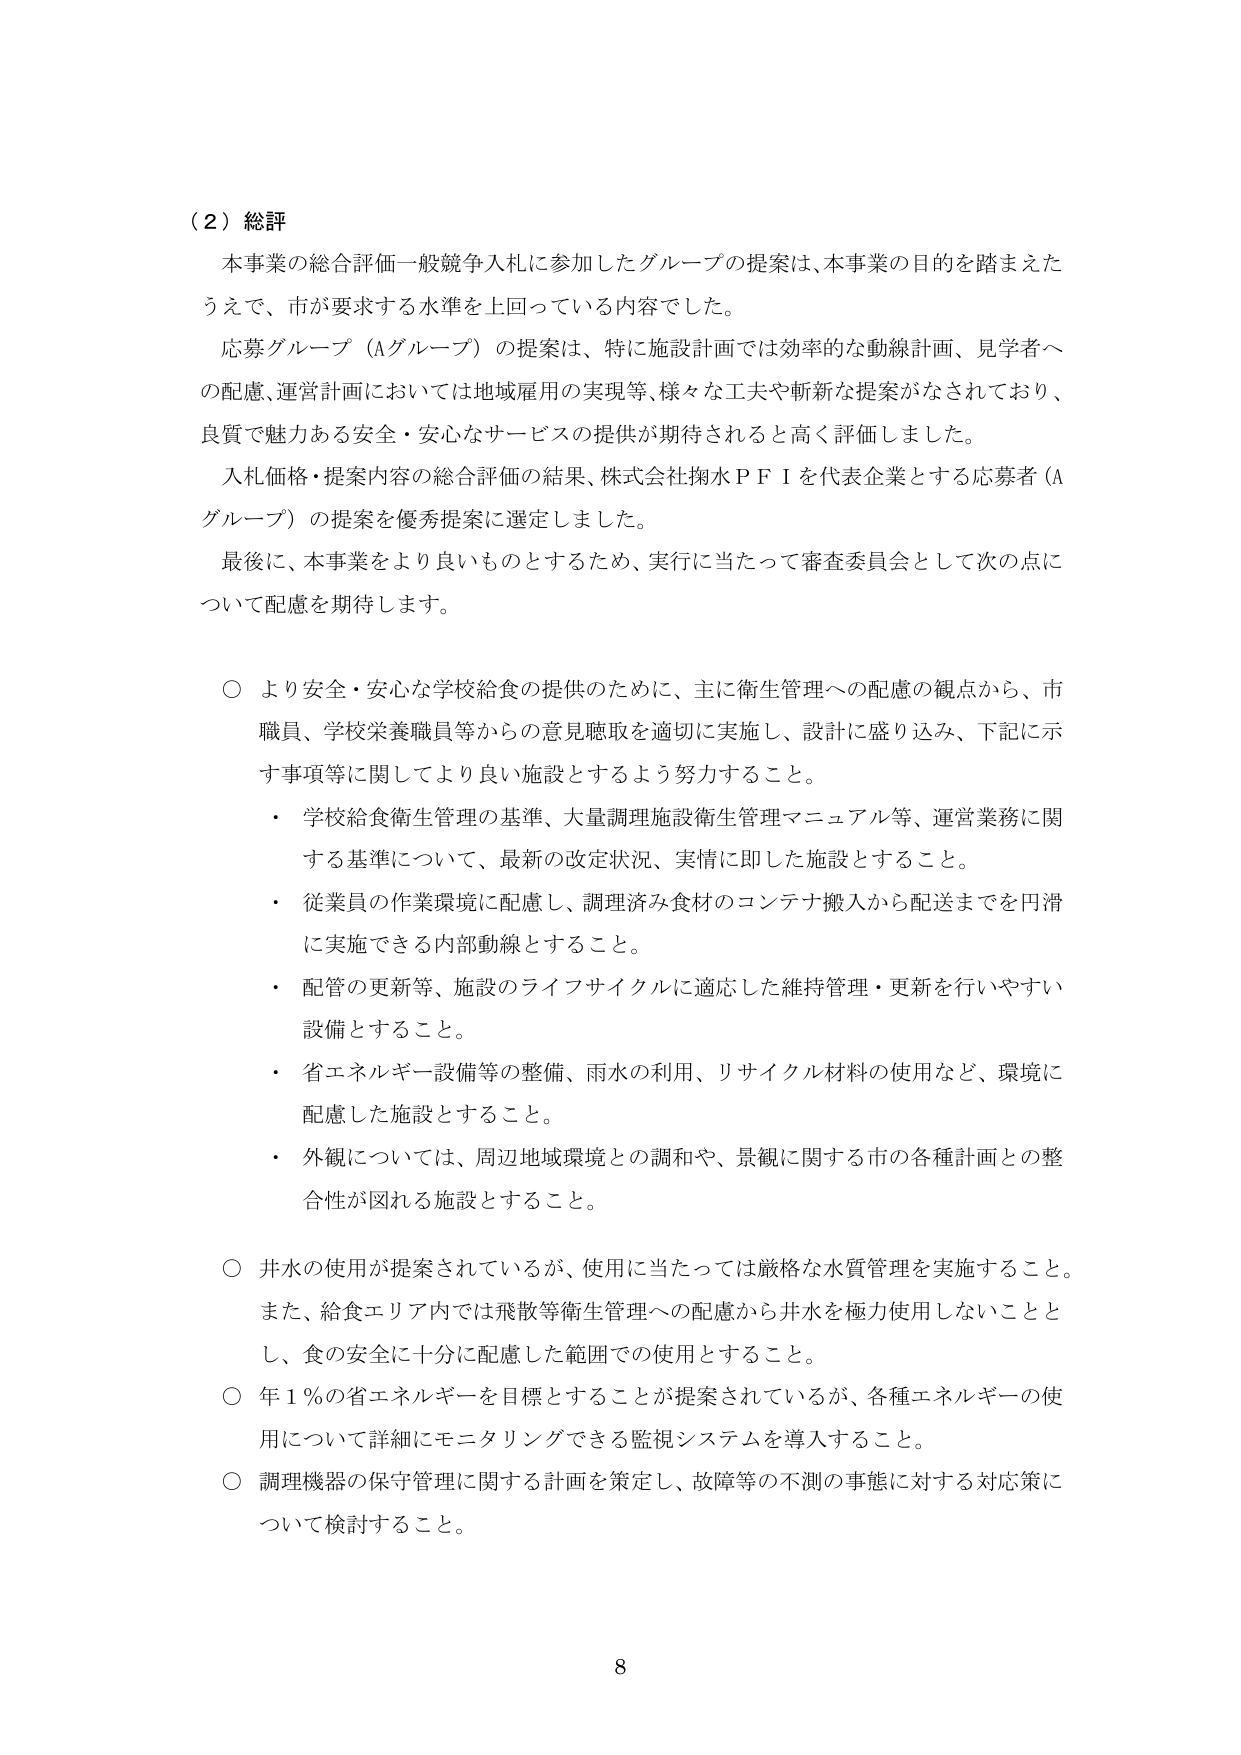
（２）総評
本事業の総合評価一般競争入札に参加したグループの提案は、本事業の目的を踏まえたうえで、市が要求する水準を上回っている内容でした。
応募グループ（Aグループ）の提案は、特に施設計画では効率的な動線計画、見学者への配慮、運営計画においては地域雇用の実現等、様々な工夫や斬新な提案がなされており、良質で魅力ある安全・安心なサービスの提供が期待されると高く評価しました。
入札価格・提案内容の総合評価の結果、株式会社掬水ＰＦＩを代表企業とする応募者（Aグループ）の提案を優秀提案に選定しました。
最後に、本事業をより良いものとするため、実行に当たって審査委員会として次の点について配慮を期待します。

○ より安全・安心な学校給食の提供のために、主に衛生管理への配慮の観点から、市職員、学校栄養職員等からの意見聴取を適切に実施し、設計に盛り込み、下記に示す事項等に関してより良い施設とするよう努力すること。
・ 学校給食衛生管理の基準、大量調理施設衛生管理マニュアル等、運営業務に関する基準について、最新の改定状況、実情に即した施設とすること。
・ 従業員の作業環境に配慮し、調理済み食材のコンテナ搬入から配送までを円滑に実施できる内部動線とすること。
・ 配管の更新等、施設のライフサイクルに適応した維持管理・更新を行いやすい設備とすること。
・ 省エネルギー設備等の整備、雨水の利用、リサイクル材料の使用など、環境に配慮した施設とすること。
・ 外観については、周辺地域環境との調和や、景観に関する市の各種計画との整合性が図れる施設とすること。

○ 井水の使用が提案されているが、使用に当たっては厳格な水質管理を実施すること。また、給食エリア内では飛散等衛生管理への配慮から井水を極力使用しないこととし、食の安全に十分に配慮した範囲での使用とすること。
○ 年１％の省エネルギーを目標とすることが提案されているが、各種エネルギーの使用について詳細にモニタリングできる監視システムを導入すること。
○ 調理機器の保守管理に関する計画を策定し、故障等の不測の事態に対する対応策について検討すること。

8